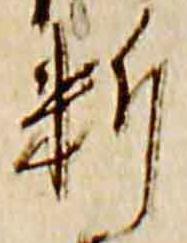
料